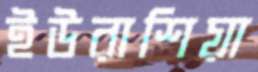
ইউরাশিয়া